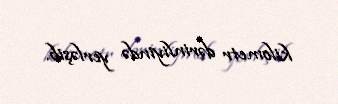
kilometr dərinliyində yerləşib.